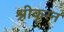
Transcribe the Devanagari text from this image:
श्रीकृस्‍न